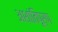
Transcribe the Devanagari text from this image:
अशांतिपूर्ण